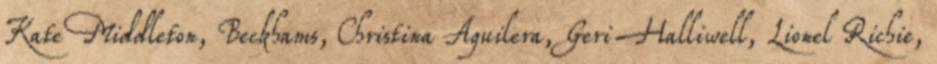
Kate Middleton, Beckhams, Christina Aquilera, Geri Halliwell, Lionel Richie,